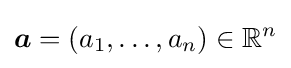
{\boldsymbol {a}}=(a_{1},\ldots ,a_{n})\in \mathbb {R} ^{n}